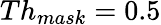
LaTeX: Th_{mask}=0.5